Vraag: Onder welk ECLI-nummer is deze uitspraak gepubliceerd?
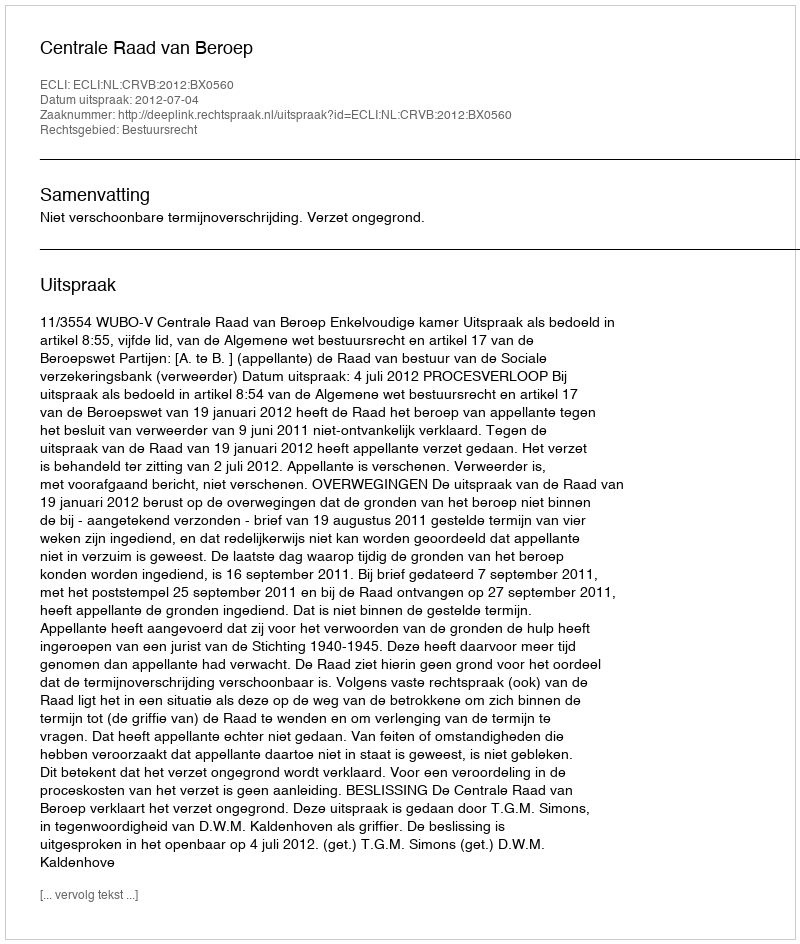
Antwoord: ECLI:NL:CRVB:2012:BX0560